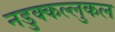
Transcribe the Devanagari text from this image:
नडुक्कल्लुकल